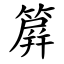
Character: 簈